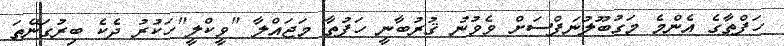
ހަފްތާގެ އެންމެ މަގުބޫލުނަފްސަށް ވެވުނު ޤުރުބާނީ ހަފުތާ މަޖައްލާ "ވީކްލީ"ހަކުރު ދެކެ ބިރުގަނޭތަ